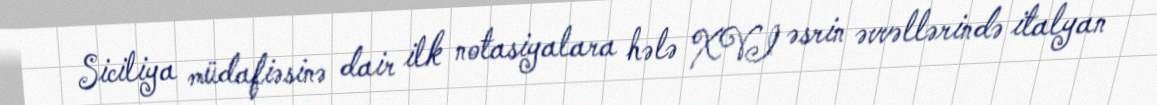
Siciliya müdafiəsinə dair ilk notasiyalara hələ XVI əsrin əvvəllərində italyan